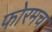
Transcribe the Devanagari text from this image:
फोरमचा